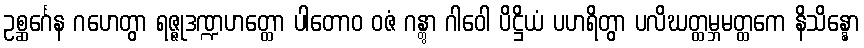
ဥစ္ဆင်္ဂေန ဂဟေတွာ ရဇ္ဇုဒဏ္ဍဟတ္ထော ပါတောဝ ဝဇံ ဂန္တွာ ဂါဝေါ ပိဋ္ဌိယံ ပဟရိတွာ ပလိဃတ္ထမ္ဘမတ္ထကေ နိသိန္နော